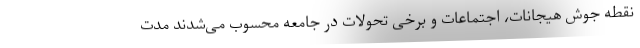
نقطه جوش هیجانات، اجتماعات و برخی تحولات در جامعه محسوب می‌شدند مدت